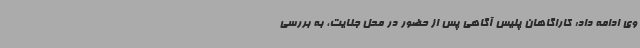
وی ادامه داد: کاراگاهان پلیس آگاهی پس از حضور در محل جنایت، به بررسی